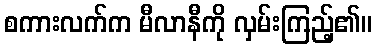
စကားလက်က မီလာနီကို လှမ်းကြည့်၏။